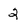
Character: 2